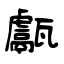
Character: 甗